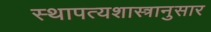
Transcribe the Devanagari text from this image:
स्थापत्यशास्त्रानुसार